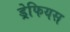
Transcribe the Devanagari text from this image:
ड्रेफियस